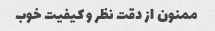
ممنون از دقت نظر و کیفیت خوب